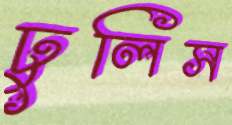
ঢুলিস